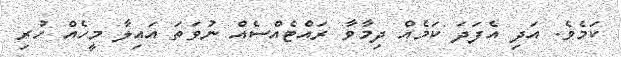
ކަމެވެ. އަދި އެފަދަ ކަމެއް ދިމާވާ ރައްޓެއްސެއް ނުވަތަ އައިލާ މީހެއް ހުރި